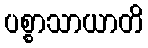
ပစ္စာသာယာတိ